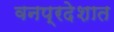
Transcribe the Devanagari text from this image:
वनप्रदेशात